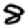
Digit: 8